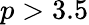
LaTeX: p>3.5